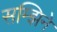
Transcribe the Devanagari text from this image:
सम्झिने